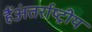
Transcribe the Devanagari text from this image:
हैंअंतर्राष्ट्रीय